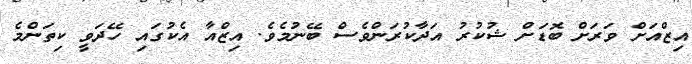
އިޒްއަށް ވަރަށް ބޮޑަށް ޝުކުރު އަދާކުރަންވެސް ބޭނުމެވެ. އިޒްއާ އެކުގައި ހޭދަވީ ކިތަންމެ